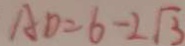
A D = 6 - 2 \sqrt { 3 }